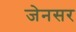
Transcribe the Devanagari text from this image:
जेनसर